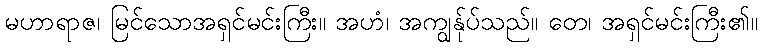
မဟာရာဇ၊ မြင်သောအရှင်မင်းကြီး။ အဟံ၊ အကျွန်ုပ်သည်။ တေ၊ အရှင်မင်းကြီး၏။